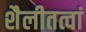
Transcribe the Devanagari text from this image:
शैलीतत्वां